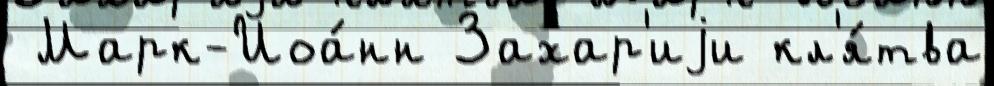
 Марк-Иоа́нн Захар'иjи кл'я́тва